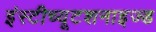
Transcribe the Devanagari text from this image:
इंस्टीच्यूटशनाइज्ड